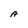
Character: A